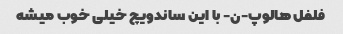
فلفل هالوپ-ن- با این ساندویچ خیلی خوب میشه